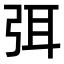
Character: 弭